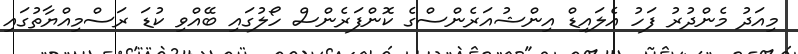
މިއަދު މެންދުރު ފަހު އެލައިޑް އިންޝުއަރެންސްގެ ކޮންފަރެންސް ހޯލުގައި ބޭއްވި ކުޑަ ރަސްމިއްޔާތުގައި